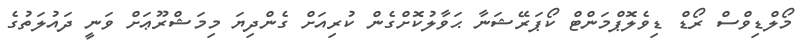
މޯލްޑިވްސް ރޯޑް ޑިވެލޮޕްމަންޓް ކޯޕަރޭޝަނާ ޙަވާލުކޮށްގެން ކުރިއަށް ގެންދިޔަ މިމަޝްރޫޢަށް ވަނީ ދައުލަތުގެ